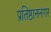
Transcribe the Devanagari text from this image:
प्रतिष्ठाननगर